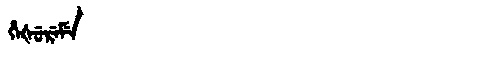
Manchu: ᡥᡝᡧᡠᡵᡝᠮᡝ
Romanization: HEŠUREME